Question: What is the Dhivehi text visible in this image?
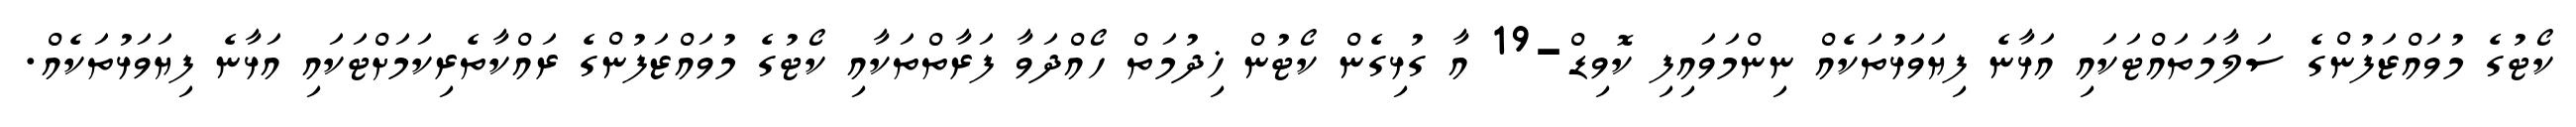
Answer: ކޯޓުގެ މުވައްޒަފުންގެ ސަލާމަތައްޓަކައި އަޅާނެ ފިޔަވަޅުތަކެއް ނިންމަވައިފި ކޮވިޑް-19 އާ ގުޅިގެން ކޯޓުން ޚިދުމަތް ހޯއްދަވާ ފަރާތްތަކާއި ކޯޓުގެ މުވައްޒަފުންގެ ރައްކާތެރިކަމަށްޓަކައި އަޅާނެ ފިޔަވަޅުތަކެއް.